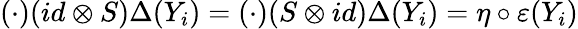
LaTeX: (\cdot)(id\otimes S)\Delta(Y_{i})=(\cdot)(S\otimes id)\Delta(Y_{i})=\eta\circ\varepsilon(Y_{i})